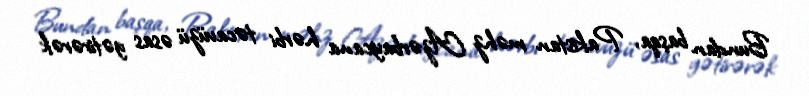
Bundan başqa, Pakistan məhz Azərbaycana hərbi təcavüzü əsas gətirərək